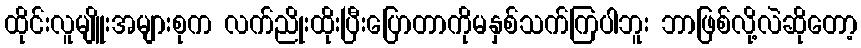
ထိုင်းလူမျိူးအများစုက လက်ညိုးထိုးပြီးပြောတာကိုမနှစ်သက်ကြပါဘူး ဘာဖြစ်လို့လဲဆိုတော့